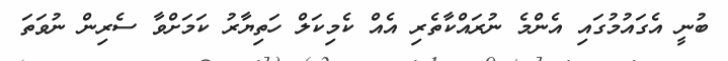
ބުނީ އެގައުމުގައި އެންމެ ނުރައްކާތެރި އެއް ކެމިކަލް ހަތިޔާރު ކަމަށްވާ ސެރިން ނުވަތަ